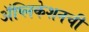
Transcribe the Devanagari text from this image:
अॅप्लिकेशनची